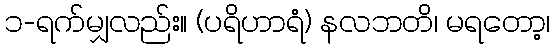
၁-ရက်မျှလည်း။ (ပရိဟာရံ) နလဘတိ၊ မရတော့၊